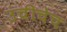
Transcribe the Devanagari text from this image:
उंचीचेच